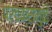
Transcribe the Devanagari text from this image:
परचक्रामुळे